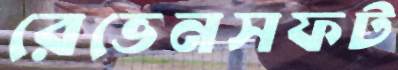
রেভেনসফট